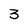
Character: 3